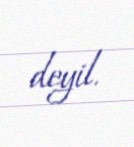
deyil.